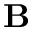
\mathbf B